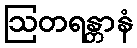
ဩတရန္တာနံ